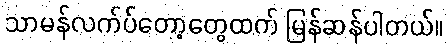
သာမန်လက်ပ်တော့တွေထက် မြန်ဆန်ပါတယ်။